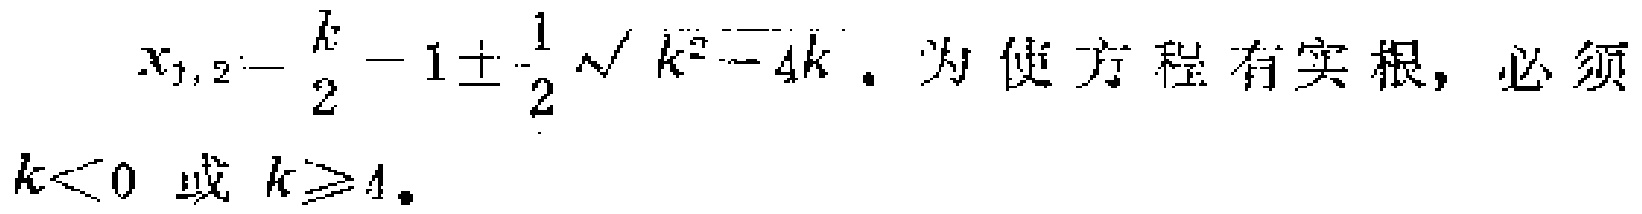
\(x_{1,2}=\frac{k}{2}-1\pm\frac{1}{2}\sqrt{k^{2}-4k}\). 为使方程有实根, 必须 \(k<0\) 或 \(k\geqslant4\).